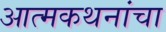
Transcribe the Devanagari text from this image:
आत्मकथनांचा